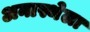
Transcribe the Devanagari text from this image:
अनास्थेला